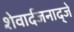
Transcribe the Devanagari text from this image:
शेवार्दजनाद्जे